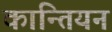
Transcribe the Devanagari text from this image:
कान्तियन